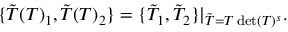
\{ \tilde { T } ( T ) _ { 1 } , \tilde { T } ( T ) _ { 2 } \} = \{ \tilde { T } _ { 1 } , \tilde { T } _ { 2 } \} | _ { \tilde { T } = T \operatorname * { d e t } ( T ) ^ { s } } .